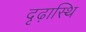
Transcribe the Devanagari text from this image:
दृढ़ास्थि